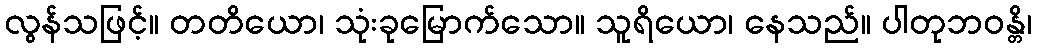
လွန်သဖြင့်။ တတိယော၊ သုံးခုမြောက်သော။ သူရိယော၊ နေသည်။ ပါတုဘဝန္တိ၊